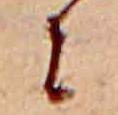
に